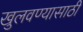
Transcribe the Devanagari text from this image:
खुलवण्यासाठी